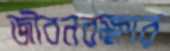
জীবনরক্ষার